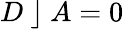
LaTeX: D~\rfloor~A=0